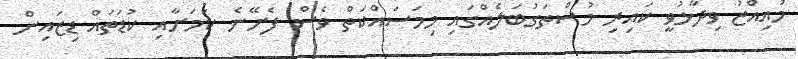
މުއިއްޒު ވިދާޅުވީ ކައިރި މުސްތަގުބަލެއްގައި މިމަސައްކަތް ވެސް ފެށޭނެ ކަމަށާއި ކުޑަތައް ޑިޒައިން